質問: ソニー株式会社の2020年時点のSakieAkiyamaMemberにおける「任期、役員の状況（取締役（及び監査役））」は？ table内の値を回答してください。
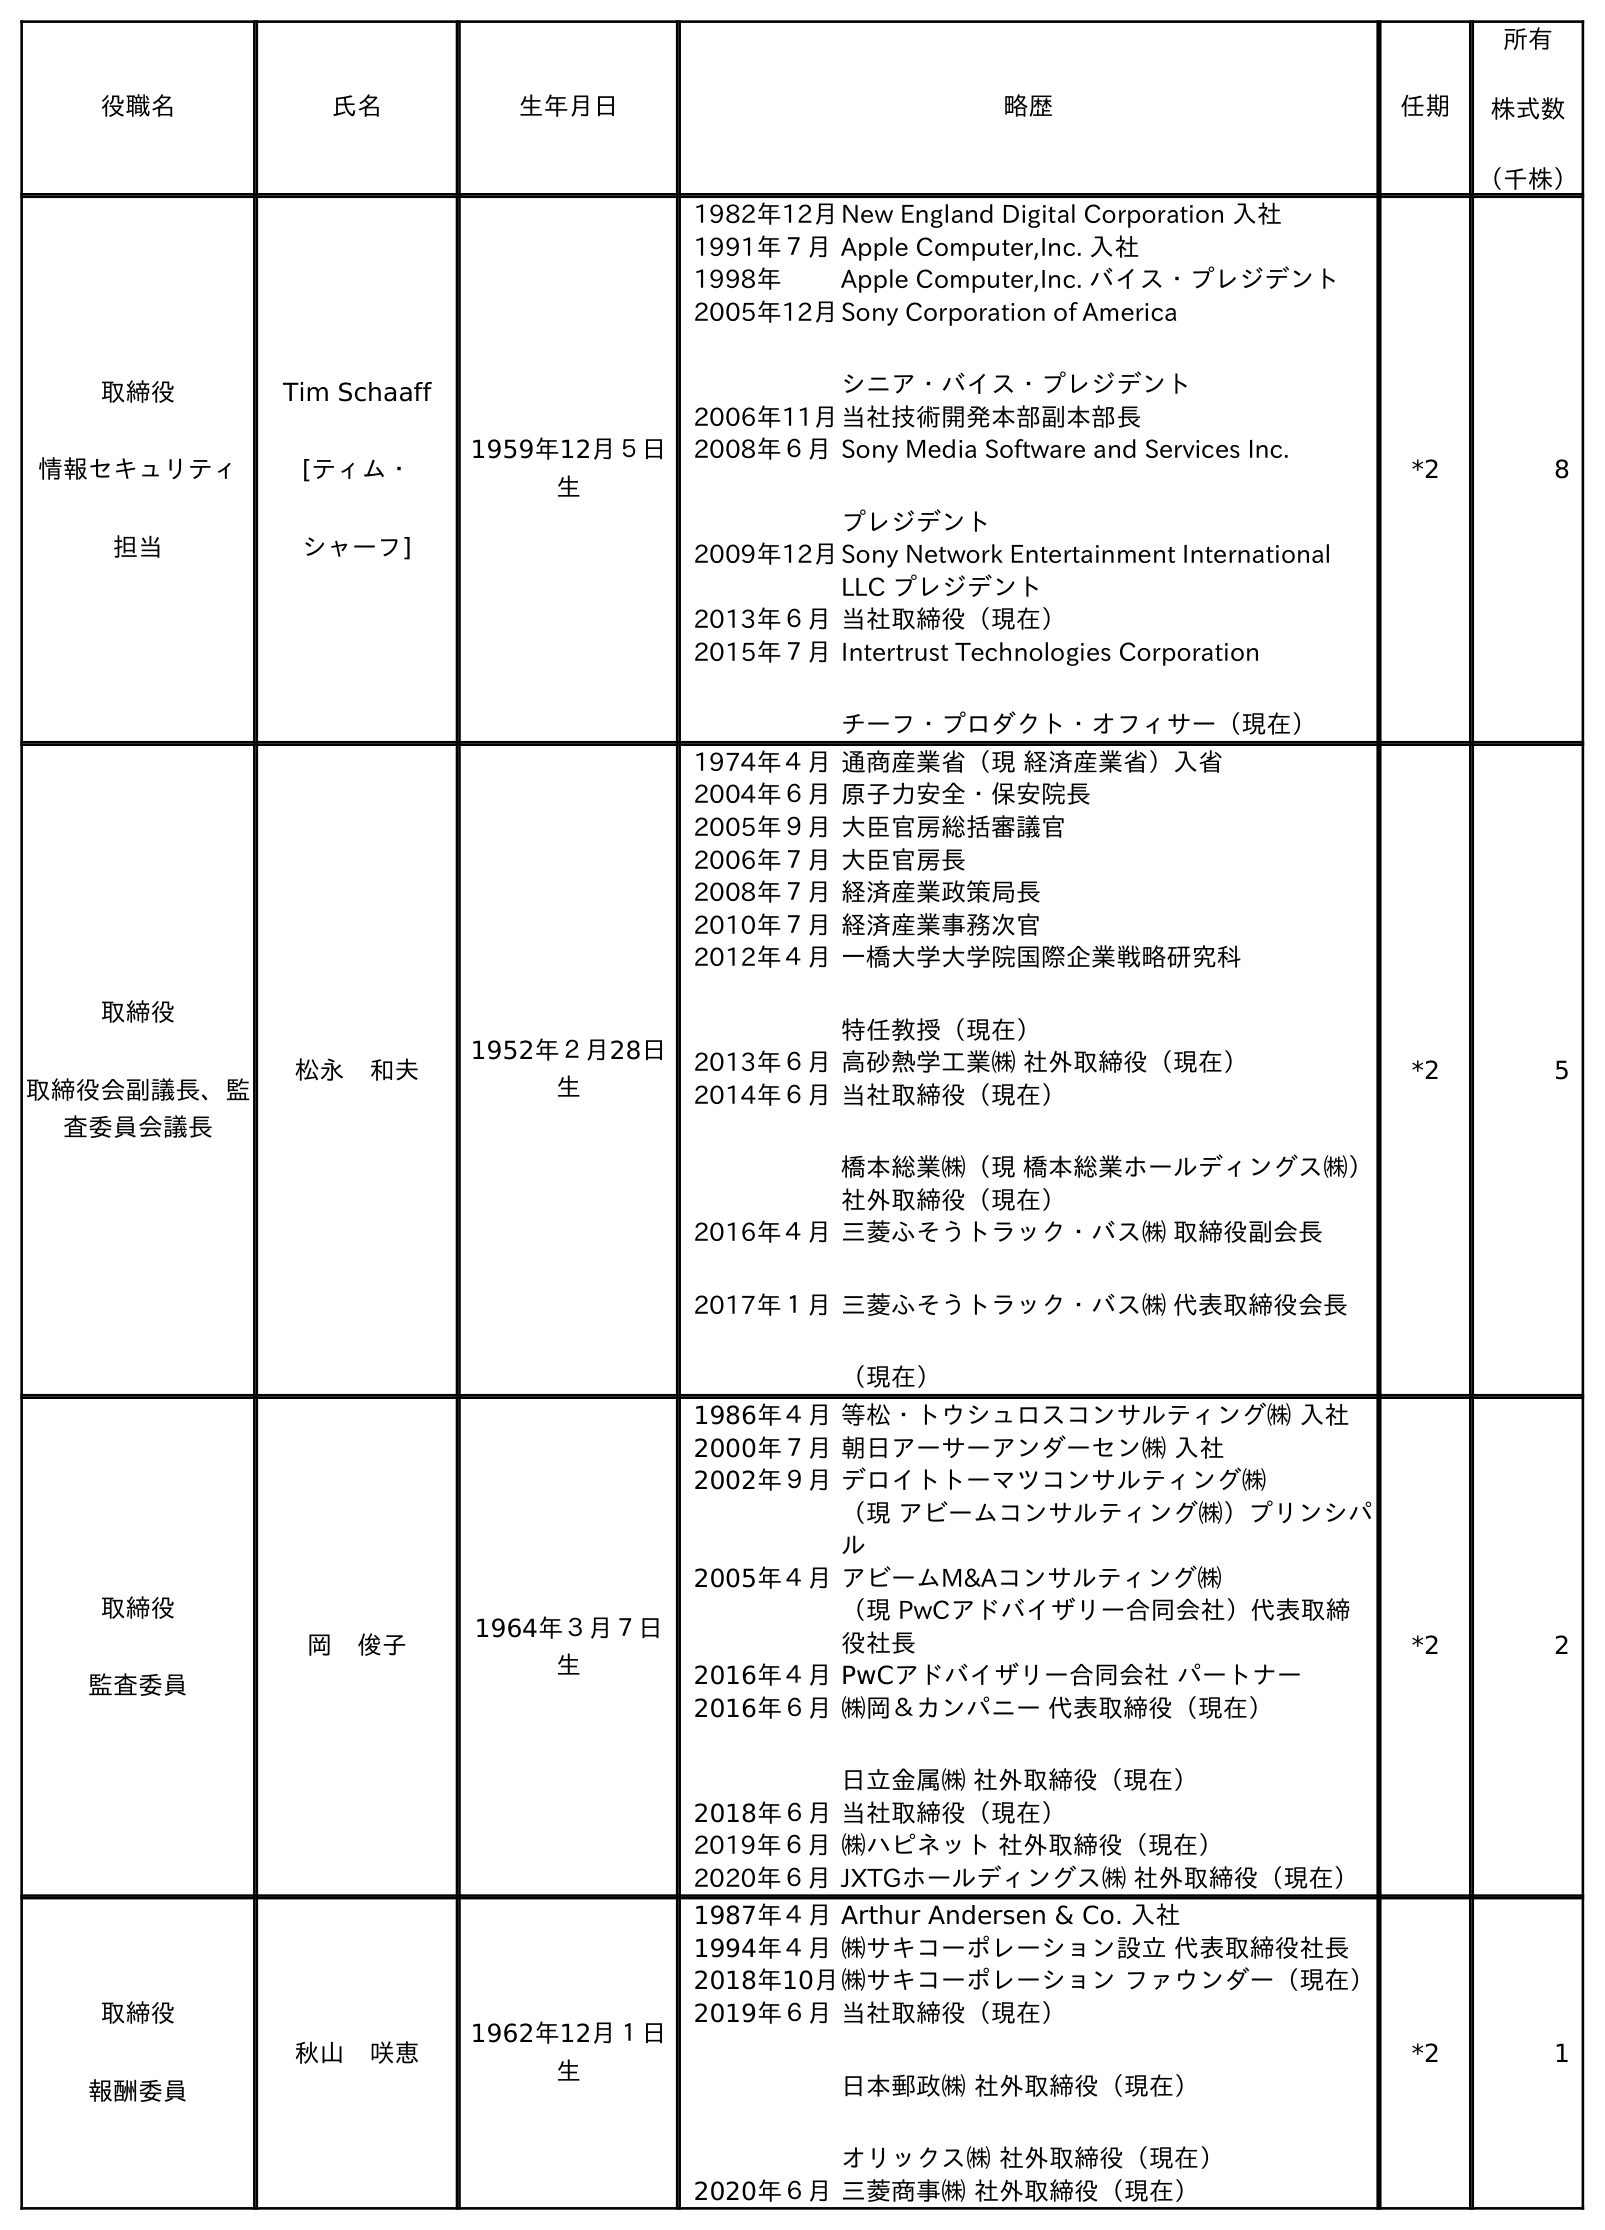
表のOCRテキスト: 役職名 氏名 生年月日 略歴 任期 所有 株式数 （千株） 取締役 情報セキュリティ 担当 Tim Schaaff [ティム・ シャーフ] 1959年12月５日 生 1982年12月New England Digital Corporation 入社 1991年７月Apple Computer,Inc. 入社 1998年 Apple Computer,Inc. バイス・プレジデント 2005年12月Sony Corporation of America シニア・バイス・プレジデント 2006年11月当社技術開発本部副本部長 2008年６月Sony Media Software and Services Inc. プレジデント 2009年12月Sony Network Entertainment International LLC プレジデント 2013年６月当社取締役（現在） 2015年７月Intertrust Technologies Corporation チーフ・プロダクト・オフィサー（現在） *2 8 取締役 取締役会副議長、監 査委員会議長 松永 和夫 1952年２月28日 生 1974年４月通商産業省（現 経済産業省）入省 2004年６月原子力安全・保安院長 2005年９月大臣官房総括審議官 2006年７月大臣官房長 2008年７月経済産業政策局長 2010年７月経済産業事務次官 2012年４月一橋大学大学院国際企業戦略研究科 特任教授（現在） 2013年６月高砂熱学工業㈱ 社外取締役（現在） 2014年６月当社取締役（現在） 橋本総業㈱（現 橋本総業ホールディングス㈱） 社外取締役（現在） 2016年４月 2017年１月 三菱ふそうトラック・バス㈱ 取締役副会長 三菱ふそうトラック・バス㈱ 代表取締役会長 （現在） *2 5 取締役 監査委員 岡 俊子 1964年３月７日 生 1986年４月等松・トウシュロスコンサルティング㈱ 入社 2000年７月朝日アーサーアンダーセン㈱ 入社 2002年９月デロイトトーマツコンサルティング㈱ （現 アビームコンサルティング㈱）プリンシパ ル 2005年４月アビームM&Aコンサルティング㈱ （現 PwCアドバイザリー合同会社）代表取締 役社長 2016年４月PwCアドバイザリー合同会社 パートナー 2016年６月㈱岡＆カンパニー 代表取締役（現在） 日立金属㈱ 社外取締役（現在） 2018年６月当社取締役（現在） 2019年６月㈱ハピネット 社外取締役（現在） 2020年６月JXTGホールディングス㈱ 社外取締役（現在） *2 2 取締役 報酬委員 秋山 咲恵 1962年12月１日 生 1987年４月Arthur Andersen & Co. 入社 1994年４月㈱サキコーポレーション設立 代表取締役社長 2018年10月㈱サキコーポレーション ファウンダー（現在） 2019年６月当社取締役（現在） 日本郵政㈱ 社外取締役（現在） オリックス㈱ 社外取締役（現在） 2020年６月三菱商事㈱ 社外取締役（現在） *2 1
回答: *2